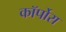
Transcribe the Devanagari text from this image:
कॉर्पोरा